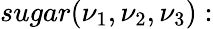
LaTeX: sugar(\nu_{1},\nu_{2},\nu_{3}):